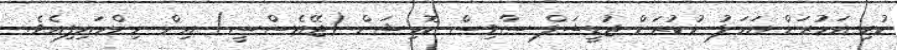
ކުރި އަމުރަށް އަމަލު ނުކުރަން ޖުޑީޝަލް ސާވިސް ކޮމިޝަން (ޖޭއެސްސީ) އިން ނިންމައިފިއެވެ.